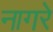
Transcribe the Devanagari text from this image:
नागरे